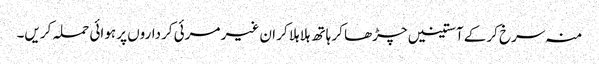
منہ سرخ کرکے آستینیں چڑھا کر ہاتھ ہلا ہلا کر ان غیر مرئی کرداروں پر ہوائی حملہ کریں۔